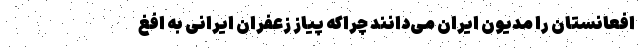
افعانستان را مدیون ایران می‌دانند چراکه پیاز زعفران ایرانی به افغ